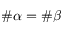
\# \alpha = \# \beta